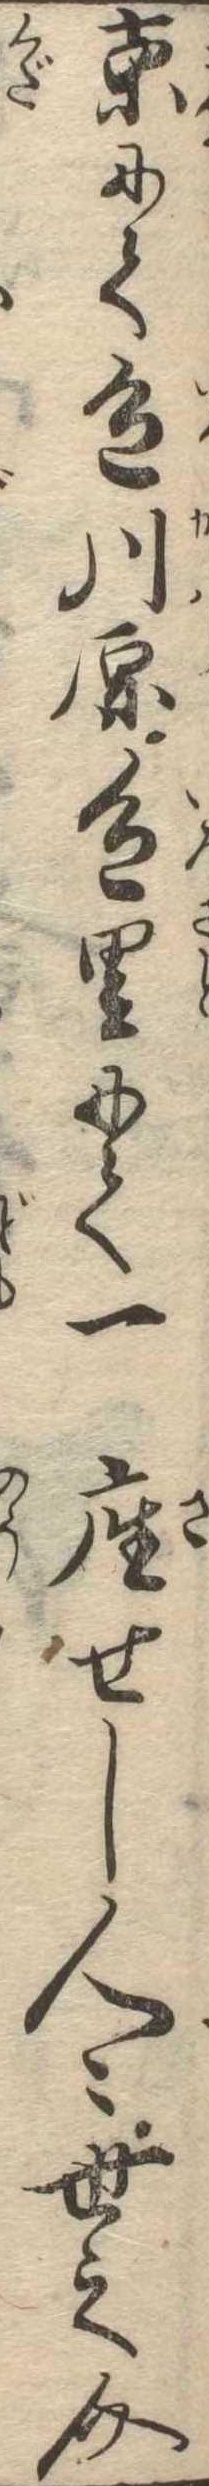
京にて色川原色里にて一座せし人〻世之介